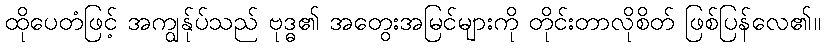
ထိုပေတံဖြင့် အကျွန်ုပ်သည် ဗုဒ္ဓ၏ အတွေးအမြင်များကို တိုင်းတာလိုစိတ် ဖြစ်ပြန်လေ၏။